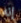
إنه